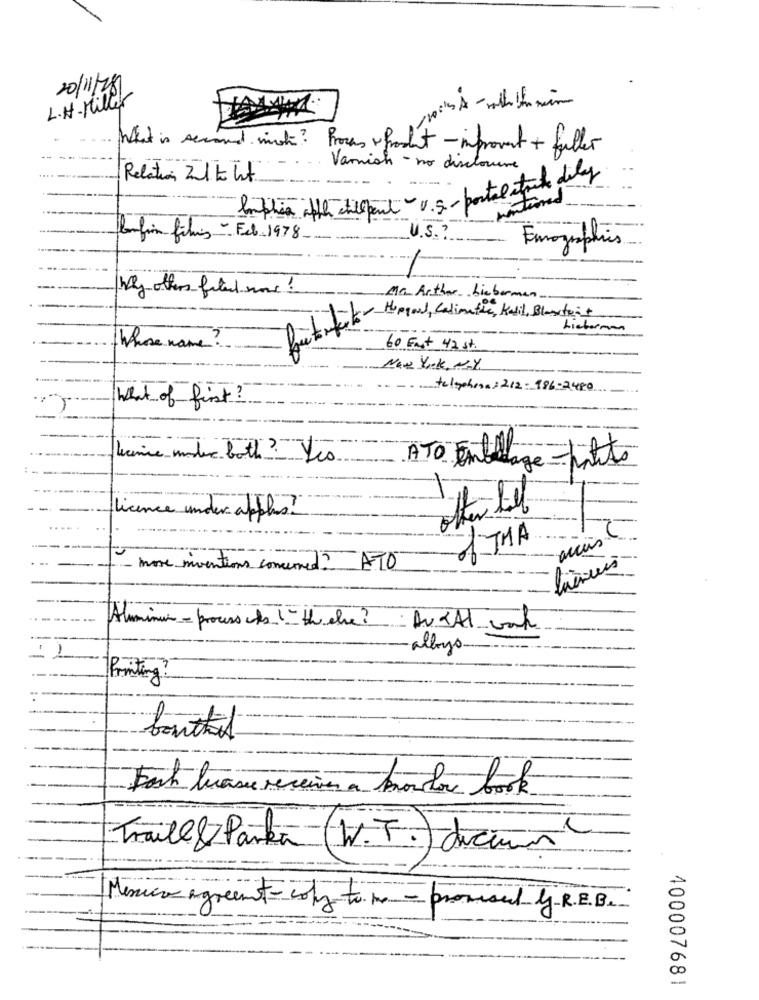
L.H.Millet
20/11/28
3
What is second mot? Proces wprost - inprovet + filler
Varnish - no disclosure
Relation Zl to hit
Inphia iffe chillipeut - v.5 .- portal atuale dily
U.S. ?
Bonfin fihis- Feb. 1978
Eurographics
by others filed nous !
Ma Arthor Lieberman-
-- Hoppoul, Calimatic, Katil, Blaster+
Lieberman
Whose name ?
60 Fast 42 st.
New York, NY
----
telephone: 212-986-2480
-
What of first ?
ATO Embelli
licence under aplus ?
other til
THA
S
2
11 3
more inventions concerned ? ATO
Aluminum - process its !- the else ? Av At work
--
-
-
albayo.
Printing?
bouthil
Fast buasu receiver a moulou book
Traill & Parta (W. F.) dicun
Messico agreement - coly to me - promised y R.E.B.
400007681